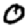
Digit: 0